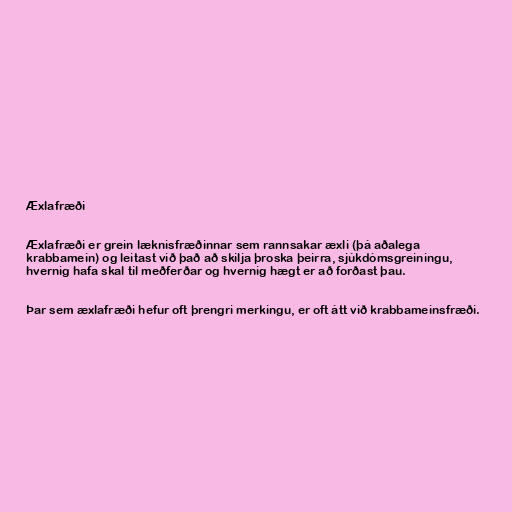
Æxlafræði

Æxlafræði er grein læknisfræðinnar sem rannsakar æxli (þá aðalega
krabbamein) og leitast við það að skilja þroska þeirra, sjúkdómsgreiningu,
hvernig hafa skal til meðferðar og hvernig hægt er að forðast þau.

Þar sem æxlafræði hefur oft þrengri merkingu, er oft átt við krabbameinsfræði.